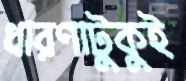
ধারণাটুকুই